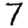
Digit: 7